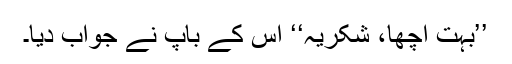
’’بہت اچھا، شکریہ‘‘ اس کے باپ نے جواب دیا۔